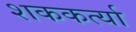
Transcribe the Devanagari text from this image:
शककर्त्या